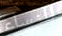
للنساء